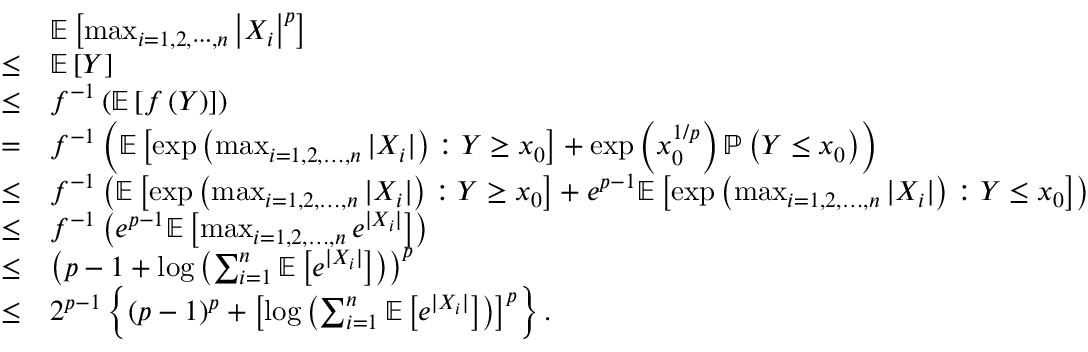
\begin{array} { r l } & { \mathbb { E } \left[ \operatorname* { m a x } _ { i = 1 , 2 , \cdots , n } \left| X _ { i } \right| ^ { p } \right] } \\ { \leq } & { \mathbb { E } \left[ Y \right] } \\ { \leq } & { f ^ { - 1 } \left( \mathbb { E } \left[ f \left( Y \right) \right] \right) } \\ { = } & { f ^ { - 1 } \left( \mathbb { E } \left[ \exp \left( \operatorname* { m a x } _ { i = 1 , 2 , \dots , n } | X _ { i } | \right) : Y \geq x _ { 0 } \right] + \exp \left( x _ { 0 } ^ { 1 / p } \right) \mathbb { P } \left( Y \leq x _ { 0 } \right) \right) } \\ { \leq } & { f ^ { - 1 } \left( \mathbb { E } \left[ \exp \left( \operatorname* { m a x } _ { i = 1 , 2 , \dots , n } | X _ { i } | \right) : Y \geq x _ { 0 } \right] + e ^ { p - 1 } \mathbb { E } \left[ \exp \left( \operatorname* { m a x } _ { i = 1 , 2 , \dots , n } | X _ { i } | \right) : Y \leq x _ { 0 } \right] \right) } \\ { \leq } & { f ^ { - 1 } \left( e ^ { p - 1 } \mathbb { E } \left[ \operatorname* { m a x } _ { i = 1 , 2 , \dots , n } e ^ { | X _ { i } | } \right] \right) } \\ { \leq } & { \left( p - 1 + \log \left( \sum _ { i = 1 } ^ { n } \mathbb { E } \left[ e ^ { | X _ { i } | } \right] \right) \right) ^ { p } } \\ { \leq } & { 2 ^ { p - 1 } \left\{ \left( p - 1 \right) ^ { p } + \left[ \log \left( \sum _ { i = 1 } ^ { n } \mathbb { E } \left[ e ^ { | X _ { i } | } \right] \right) \right] ^ { p } \right\} . } \end{array}